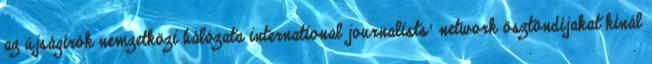
az újságírók nemzetközi hálózata international journalists' network ösztöndíjakat kínál